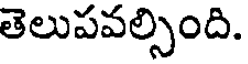
తెలుపవల్సింది.